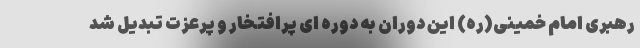
رهبری امام خمینی(ره) این دوران به دوره ای پرافتخار و پرعزت تبدیل شد